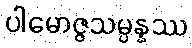
ပါမောဇ္ဇသမ္ပန္နဿ